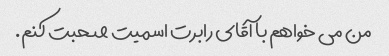
من می خواهم با آقای رابرت اسمیت صحبت کنم.